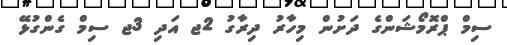
ސިމް ޕްރޮމޯޝަންގެ ދަށުން މިހާރު ދިރާގު 2ޖ އަދި 3ޖ ސިމް ގެންގުޅޭ